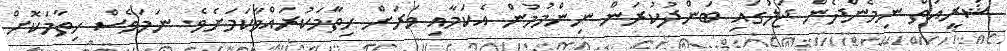
ޝަރީއަތް ނިމެންދެން ޖަލުގައި ބަންދުކުރަން ނިންމުމުން އެކަމާއި ވަރަށް ހިތާމަކުރައްވާކަމަށެވެ. ނަމަވެސް ހިތާމަކޮށް